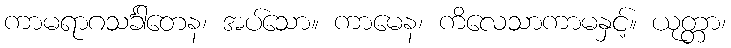
ကာမရာဂသင်္ခါတေန၊ အပ်သော။ ကာမေန၊ ကိလေသာကာမနှင့်။ ယုတ္တာ၊